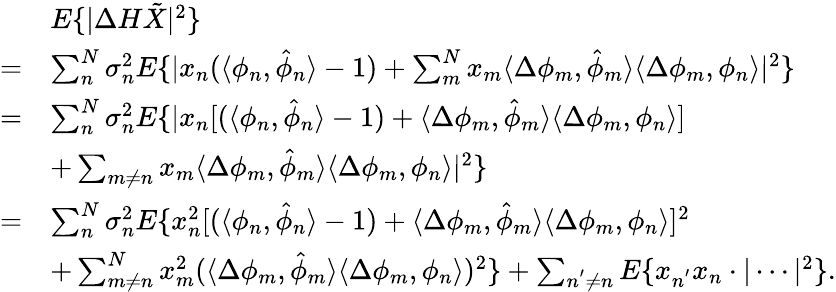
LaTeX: \begin{array}{rl}&{E\{ |\Delta H\tilde{X}|^{2}\} }\\ {=}&{\sum_{n}^{N}\sigma_{n}^{2}E\{ |x_{n}(\langle\phi_{n},\hat{\phi}_{n}\rangle-1)+\sum_{m}^{N}x_{m}\langle\Delta\phi_{m},\hat{\phi}_{m}\rangle\langle\Delta\phi_{m},\phi_{n}\rangle|^{2}\} }\\ {=}&{\sum_{n}^{N}\sigma_{n}^{2}E\{ |x_{n}[(\langle\phi_{n},\hat{\phi}_{n}\rangle-1)+\langle\Delta\phi_{m},\hat{\phi}_{m}\rangle\langle\Delta\phi_{m},\phi_{n}\rangle]}\\ &{+\sum_{m\neq n}x_{m}\langle\Delta\phi_{m},\hat{\phi}_{m}\rangle\langle\Delta\phi_{m},\phi_{n}\rangle|^{2}\} }\\ {=}&{\sum_{n}^{N}\sigma_{n}^{2}E\{ x_{n}^{2}[(\langle\phi_{n},\hat{\phi}_{n}\rangle-1)+\langle\Delta\phi_{m},\hat{\phi}_{m}\rangle\langle\Delta\phi_{m},\phi_{n}\rangle]^{2}}\\ &{+\sum_{m\neq n}^{N}x_{m}^{2}(\langle\Delta\phi_{m},\hat{\phi}_{m}\rangle\langle\Delta\phi_{m},\phi_{n}\rangle)^{2}\} +\sum_{n^{'}\neq n}E\{ x_{n^{'}}x_{n}\cdot|\cdots|^{2}\} .}\end{array}